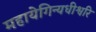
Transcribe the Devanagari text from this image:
महायेगिन्यधीश्वरि